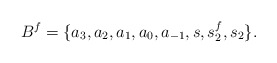
\begin{align*} B^f = \{a_3,a_2,a_1,a_0,a_{-1},s,s_2^f,s_2\}. \end{align*}